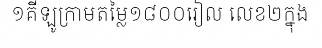
១គីឡូក្រាមតម្លៃ១៨០០រៀល លេខ២ក្នុង